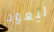
ليعود